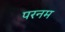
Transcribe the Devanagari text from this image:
परनम